Report on vaccination in Madras 1922-1929 - 1922-1929
Year: 1922
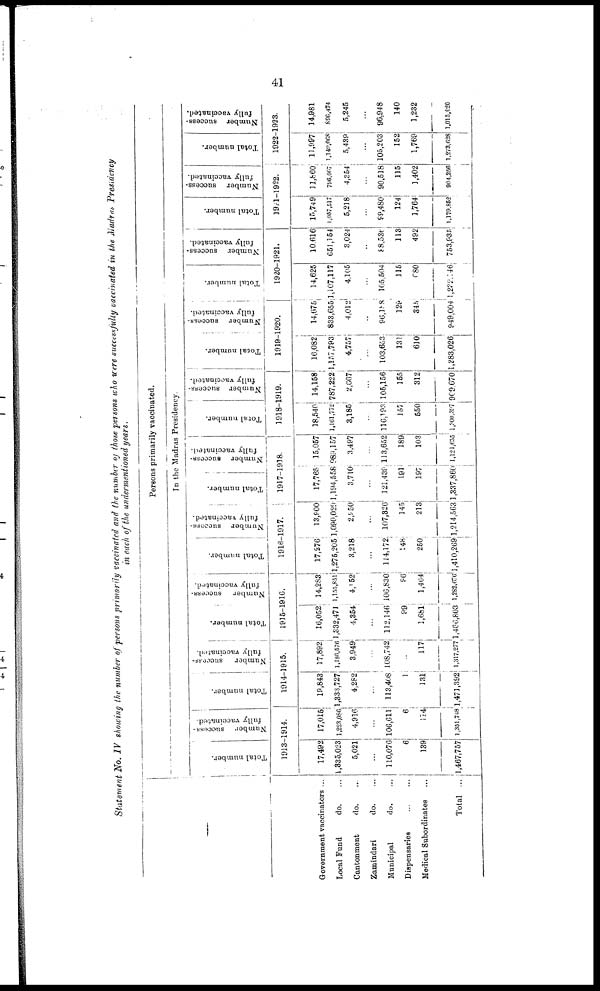
41
Statement No. IV showing the number of persons primarily vaccinated and the number of those persons who were successfully vaccinated in the Madras Presidency
in each of the undermentioned years.
Government vaccinators ...
Local Fund
do. ...
Cantonment
do. ...
Zamindari
do. ...
Municipal
do. ...
Dispensaries
...
...
Medical Subordinates ...
Total ...
Persons primarily vaccinated.
In the Madras Presidency.
Total number.
Number success-
fully vaccinated.
1913-1914.
17,492
1,335,023
5,021
...
110,076
6
139
1,467,757
17,015
1,223,086
4,916
...
106,611
6
114
1,351,748
Total number.
Number success-
fully vaccinated.
1914-1915.
19,843
1,333,727
4,282
...
113,408
1
131
1,471,392
17,892
1,186,576
3,949
...
108,742
...
117
1,317,277
Total number.
Number success-
fully vaccinated.
1915-1916.
16,052
1,332,471
4,354
...
112,146
99
1,681
1,466,803
14,283
1,155,851
4,152
...
106,830
96
1,464
1,282,676
Total number.
Number success-
fully vaccinated.
1916-1917.
17,276
1,275,205
3,218
...
114,172
148
250
1,410,269
13,900
1,090,029
2,950
...
107,326
145
213
1,214,563
Total number.
Number success-
fully vaccinated.
1917-1918.
17,765
1,194,558
3,710
...
121,439
191
197
1,337,860
15,057
989,157
3,497
...
113,652
189
103
1,121,655
Total number.
Number success-
fully vaccinated.
1918-1919.
18,540
1,161,772
3,185
...
116,193
157
550
1,300,897
14,158
787,222
2,667
...
105,156
155
312
909,670
Total number.
Number success-
fully vaccinated.
1919-1920.
16,082
1,157,793
4,757
...
103,653
131
610
1,283,026
14,075
833,655
4,012
...
96,188
129
345
949,004
Total number.
Number success-
fully vaccinated.
1920-1921.
14,625
1,107,117
4,105
...
105,504
115
680
1,232,146
10,616
651,154
3,024
...
88,536
113
492
753,935
Total number.
Number success-
fully vaccinated.
1921-1922.
15,749
1,057,517
5,218
...
99,480
124
1,764
1,179,862
11,860
796,007
4,354
...
90,518
115
1,402
904,256
Total number.
Number success-
fully vaccinated.
1922-1923.
11,997
l,149,068
5,439
...
105,203
152
1,769
1,273,628
14,981
896,474
5,245
...
96,948
140
1,232
1,015,620